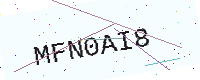
Text: MFN0AI8